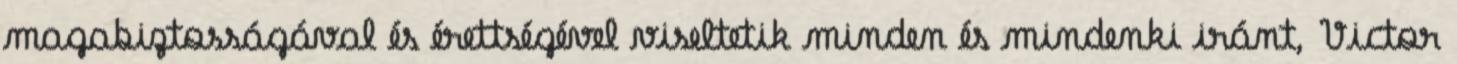
magabiztosságával és érettségével viseltetik minden és mindenki iránt, Victor